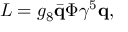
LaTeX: { \cal L } = g _ { 8 } \bar { \bf q } \Phi \gamma ^ { 5 } { \bf q } ,